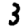
Digit: 3